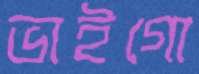
ভাইগো